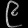
Digit: ၉